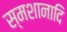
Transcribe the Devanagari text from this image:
स्मशानादि